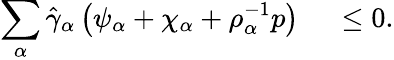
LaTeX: \begin{array}{rl}{\displaystyle\sum_{\alpha}\hat{\gamma}_{\alpha}\left(\psi_{\alpha}+\chi_{\alpha}+\rho_{\alpha}^{-1}p\right)}&{{}~\leq 0.}\end{array}